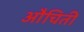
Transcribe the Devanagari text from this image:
औचिती